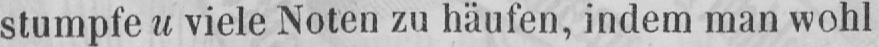
stumpfe u viele Noten zu häufen, indem man wohl